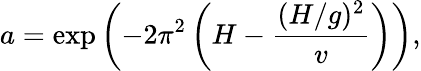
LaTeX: a=\exp\left(-2\pi^{2}\left(H-\frac{(H/g)^{2}}{v}\right)\right),